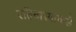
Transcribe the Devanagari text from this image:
रहिवास्यांकडे